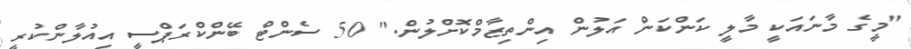
"މީގެ މާނައަކީ މާލީ ކަންކަން އަލުން އިންތިޒާމްކޮށްލުން." 50 ސެންޓް ބޭންކްރަޕްސީ އިއުލާންކުރީ